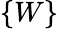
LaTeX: \lbrace W\rbrace